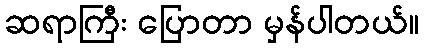
ဆရာကြီး ပြောတာ မှန်ပါတယ်။